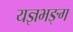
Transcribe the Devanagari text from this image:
यज्ञभङ्ग